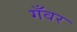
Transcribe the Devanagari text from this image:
गँवर